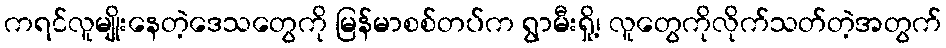
ကရင်လူမျိုးနေတဲ့ဒေသတွေကို မြန်မာစစ်တပ်က ရွာမီးရှို့၊ လူတွေကိုလိုက်သတ်တဲ့အတွက်